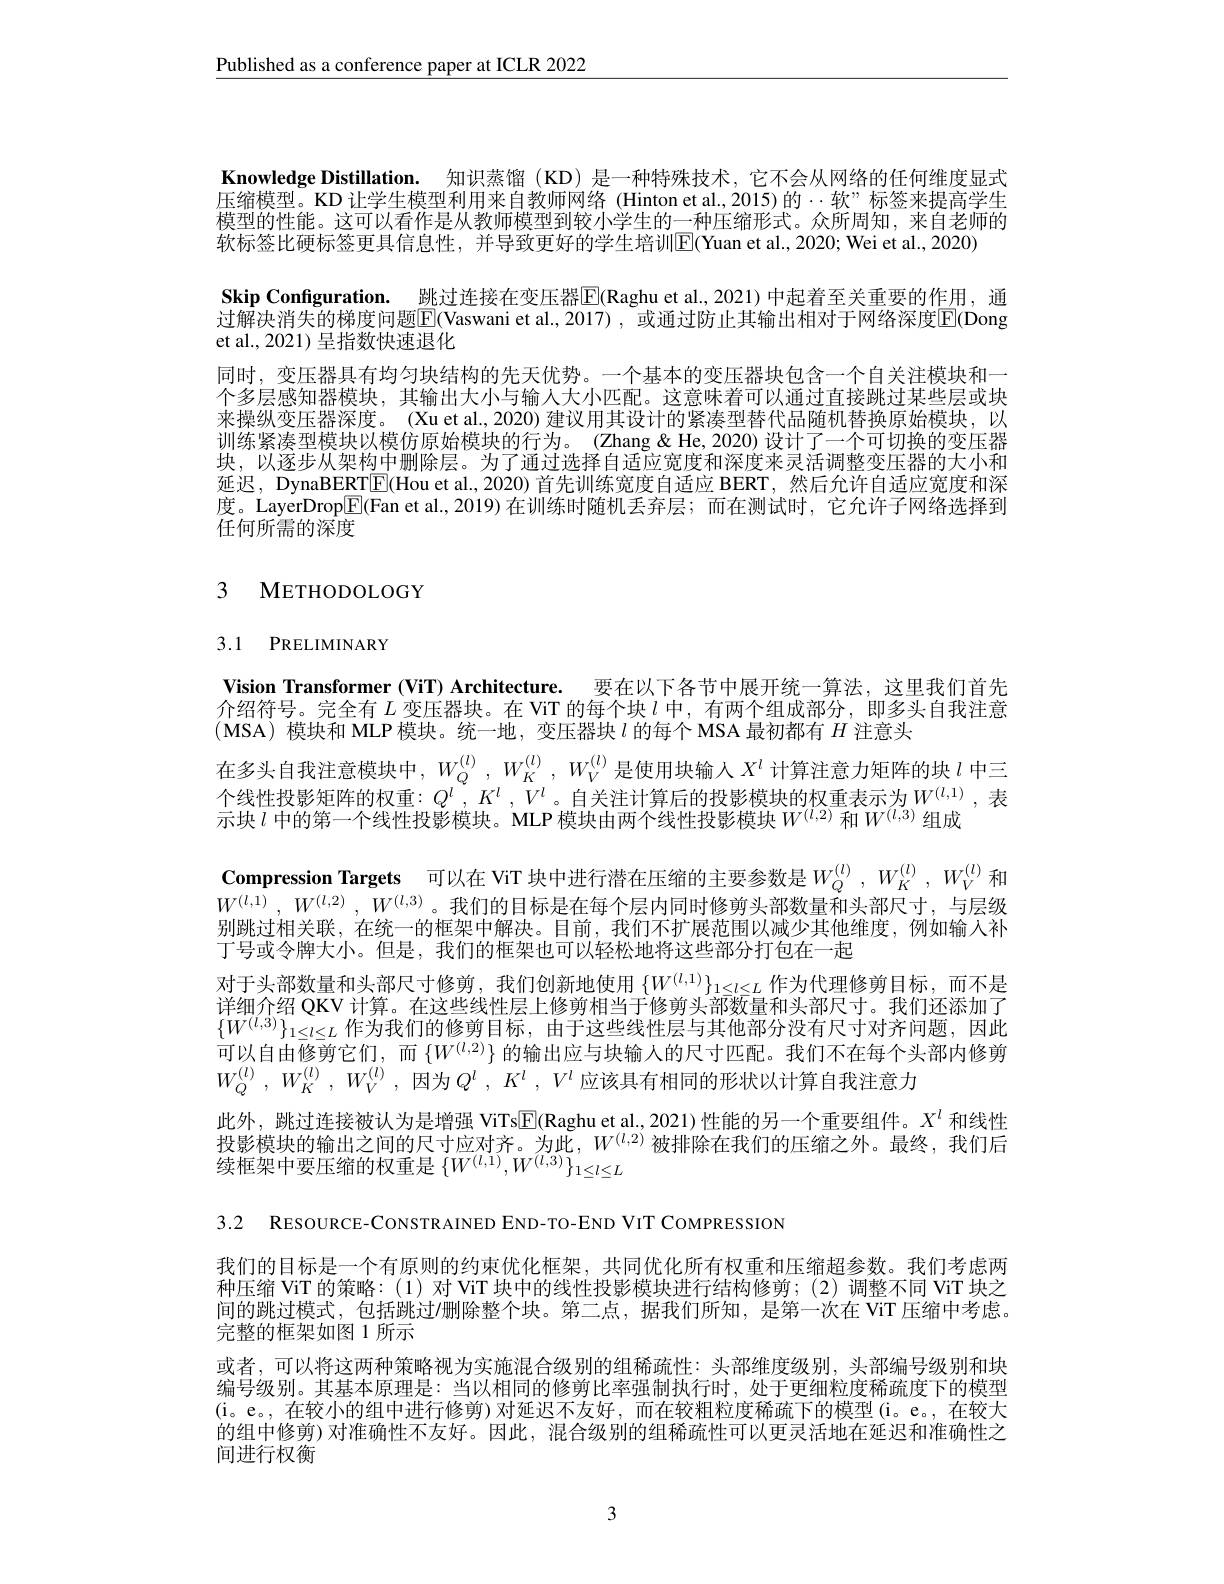
$\underline{\text{Published as a conference paper at ICLR 2022}}$

Knowledge Distillation. 知识蒸馏(KD) 是一种特殊技术，它不会从网络的任何维度显式压缩模型。KD 让学生模型利用来自教师网络 (Hinton et al.,2015)的$\cdots$软”标签来提高学生模型的性能。这可以看作是从教师模型到较小学生的一种压缩形式。众所周知，来自老师的软标签比硬标签更具信息性，并导致更好的学生培训$\overline{\mathrm{E}}($Yuan et al.,2020; Wei et al.,2020)
Skip Configuration. 跳过连接在变压器$\mathbb{E}($Raghu et al.,2021)中起着至关重要的作用，通过解决消失的梯度问题$\boxed{\mathrm{F}}($Vaswani et al.,2017),或通过防止其输出相对于网络深度$\boxed{\mathrm{E}}($Dong et al., 2021) 呈指数快速退化
同时，变压器具有均匀块结构的先天优势。一个基本的变压器块包含一个自关注模块和一个多层感知器模块，其输出大小与输人大小匹配。这意味着可以通过直接跳过某些层或块来操纵变压器深度。(Xu et al., 2020) 建议用其设计的紧凑型替代品随机替换原始模块，以训练紧凑型模块以模仿原始模块的行为。(Zhang &He, 2020) 设计了一个可切换的变压器块，以逐步从架构中删除层。为了通过选择自适应宽度和深度来灵活调整变压器的大小和延迟，DynaBERT$\boxed{\mathrm{F}}($Hou et al.,2020) 首先训练宽度自适应 BERT,然后允许自适应宽度和深度。LayerDrop$\boxed{\mathrm{F}}($Fan et al.,2019)在训练时随机丢弃层；而在测试时，它允许子网络选择到任何所需的深度

# 3 METHODOLOGY

3.1 PRELIMINARY

Vision Transformer (ViT) Architecture. 要在以下各节中展开统一算法，这里我们首先介绍符号。完全有$L$变压器块。在 ViT 的每个块$l$中，有两个组成部分，即多头自我注意(MSA)模块和 MLP 模块。统一地，变压器块$l$的每个 MSA 最初都有$H$注意头
在多头自我注意模块中，$W_Q^{(l)},W_K^{(l)},W_V^{(l)}$是使用块输人$X^l$计算注意力矩阵的块$l$中三个线性投影矩阵的权重$:Q^l,K^l,V^l$。自关注计算后的投影模块的权重表示为$W^{(l,1)}$,表示块$l$中的第一个线性投影模块。MLP 模块由两个线性投影模块$W^{(l,2)}$和$W^{(l,3)}$组成
Compression Targets 可以在 ViT 块中进行潜在压缩的主要参数是$W_Q^{(l)},W_K^{(l)},W_V^{(l)}$ 和$W^{( l, 1) }$ , $W^{( l, 2) }$ , $W^{( l, 3) }$。我们的目标是在每个层内同时修剪头部数量和头部尺寸，与层级别跳过相关联，在统一的框架中解决。目前，我们不扩展范围以减少其他维度，例如输入补丁号或令牌大小。但是，我们的框架也可以轻松地将这些部分打包在一起
对于头部数量和头部尺寸修剪，我们创新地使用$\{W^{(l,1)}\}_{1\leq l\leq L}$作为代理修剪目标，而不是详细介绍 QKV 计算。在这些线性层上修剪相当于修剪头部数量和头部尺寸。我们还添加了$\{W^{(l,3)}\}_{1\leq l\leq L}$作为我们的修剪目标，由于这些线性层与其他部分没有尺寸对齐问题，因此可以自由修剪它们，而$\{W^{(l,2)}\}$的输出应与块输入的尺寸匹配。我们不在每个头部内修剪$W_Q^{( l) }$ , $W_K^{( l) }$ , $W_V^{( l) }$ , 因为$Q^l$ , $K^l$ , $V^l$应该具有相同的形状以计算自我注意力
此外，跳过连接被认为是增强 ViTs$\boxed{\mathrm{F}}$(Raghu et al., 2021) 性能的另一个重要组件。$X^l$和线性投影模块的输出之间的尺寸应对齐。为此，$W^{(l,2)}$被排除在我们的压缩之外。最终，我们后1父 好 快 乐 时 拥 出 之 间 时 八 寸 应 小 门 。小 山 , $w$ 续 框 架 中 要 压 缩 的 权 重 是 $\left \{ W^{( l, 1) }, W^{( l, 3) }\right \} _{1\leq l\leq L}$

3.2 RESOURCE-CONSTRAINED END-TO-END VIT COMPRESSION

我们的目标是一个有原则的约束优化框架，共同优化所有权重和压缩超参数。我们考虑两种压缩 ViT 的策略：(1)对 ViT 块中的线性投影模块进行结构修剪；(2)调整不同 ViT 块之间的跳过模式，包括跳过$\prime$删除整个块。第二点，据我们所知，是第一次在 ViT 压缩中考虑。完整的框架如图 1 所示
或者，可以将这两种策略视为实施混合级别的组稀疏性：头部维度级别，头部编号级别和块编号级别。其基本原理是：当以相同的修剪比率强制执行时，处于更细粒度稀疏度下的模型(i。e。,在较小的组中进行修剪)对延迟不友好，而在较粗粒度稀疏下的模型(i。e。,在较大的组中修剪)对准确性不友好。因此，混合级别的组稀疏性可以更灵活地在延迟和准确性之间进行权衡

3